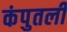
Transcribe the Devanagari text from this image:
कंपुतली